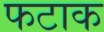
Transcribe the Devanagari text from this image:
फटाक